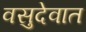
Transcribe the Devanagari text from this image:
वसुदेवात